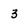
Character: 3